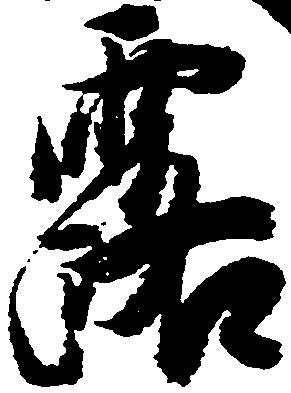
露